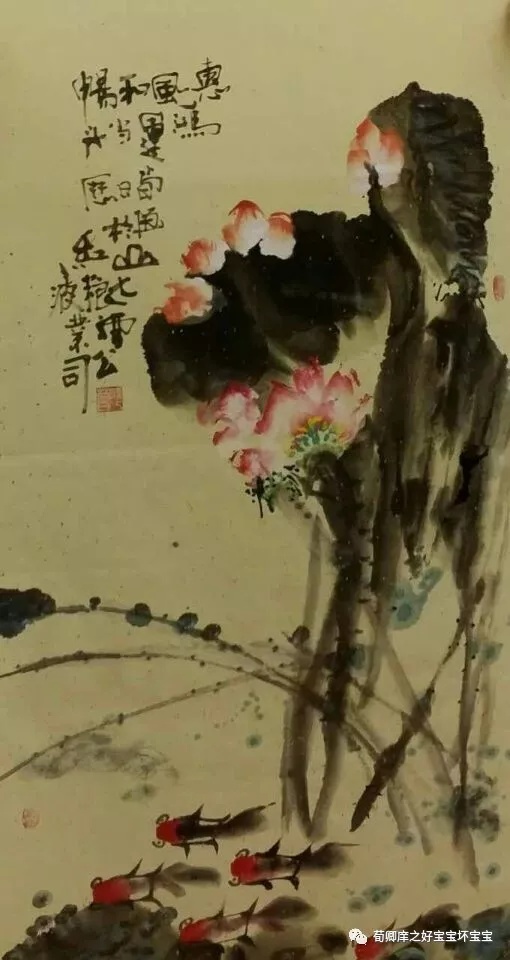
三代之得天下也以仁，其失天下也以不仁。